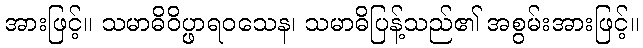
အားဖြင့်။ သမာဓိဝိပ္ဖာရဝသေန၊ သမာဓိပြန့်သည်၏ အစွမ်းအားဖြင့်။